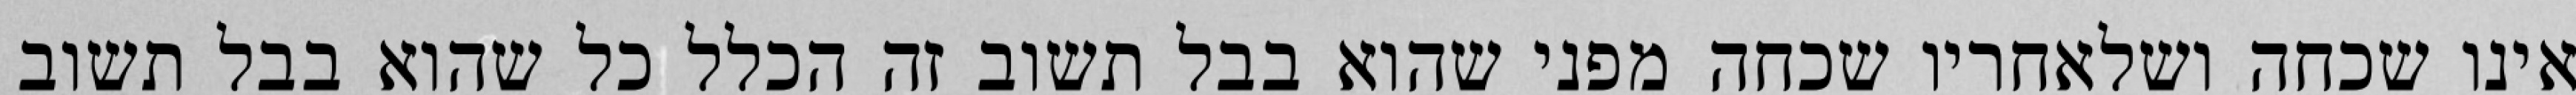
אינו שכחה ושלאחריו שכחה מפני שהוא בבל תשוב זה הכלל כל שהוא בבל תשוב